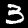
Digit: 3